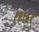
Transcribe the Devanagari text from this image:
१२९६१